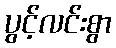
ပွင့်လင်းစွာ